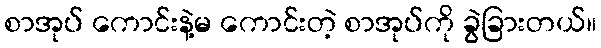
စာအုပ် ကောင်းနဲ့မ ကောင်းတဲ့ စာအုပ်ကို ခွဲခြားတယ်။